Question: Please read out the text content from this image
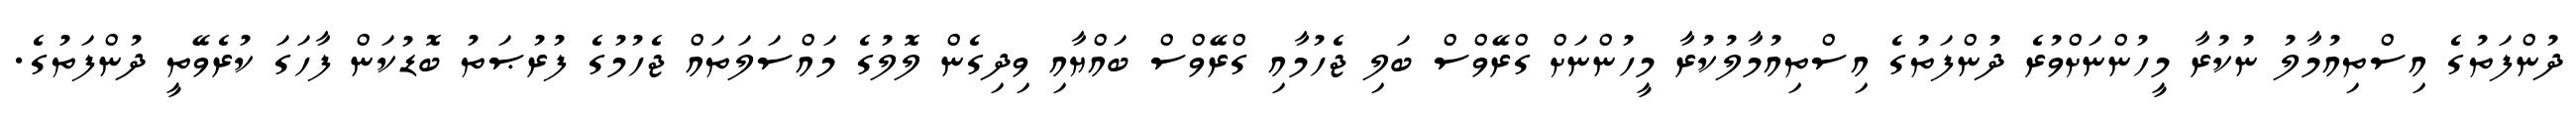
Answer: ދުންފަތުގެ އިސްތިއުމާލު ނުކުރާ މީހުންނަށްވުރެ ދުންފަތުގެ އިސްތިއުމާލުކުރާ މީހުންނަށް ގްރޭވްސް ބަލި ޖެހުމާއި ގްރޭވްސް ބައްޔާއި ވިދިގެން ލޮލުގެ މައްސަލަތައް ޖެހުމުގެ ފުރުޞަތު ބޮޑުކަން ފާހަގަ ކުރެވޭތީ ދުންފަތުގެ.